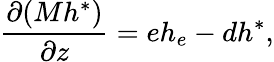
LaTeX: \frac{\partial(Mh^{*})}{\partial z}=eh_{e}-dh^{*},